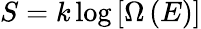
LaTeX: S=k\log\left[\Omega\left(E\right)\right]